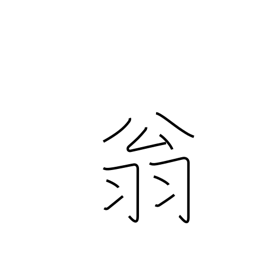
Meaning: venerable old man